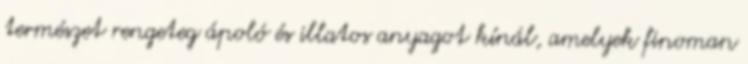
természet rengeteg ápoló és illatos anyagot kínál, amelyek finoman